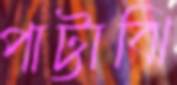
পাট্টাঝি